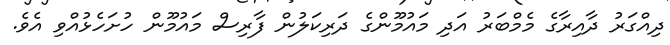
ދިއްގަރު ދާއިރާގެ މެމްބަރު އަދި މައުމޫންގެ ދަރިކަލުން ފާރިސް މައުމޫން ހުށަހެޅުއްވި އެވެ.